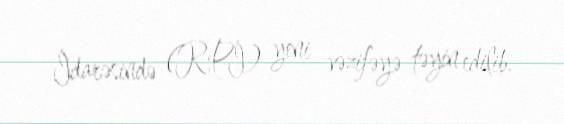
İdarəsində (RPİ) yeni vəzifəyə təyin edilib.